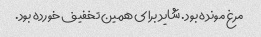
مرغ مونده بود. شاید برای همین تخفیف خورده بود.